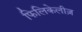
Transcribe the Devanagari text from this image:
फिलिकेलीज़